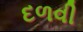
દળવી